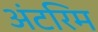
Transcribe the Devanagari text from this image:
अंटरिम